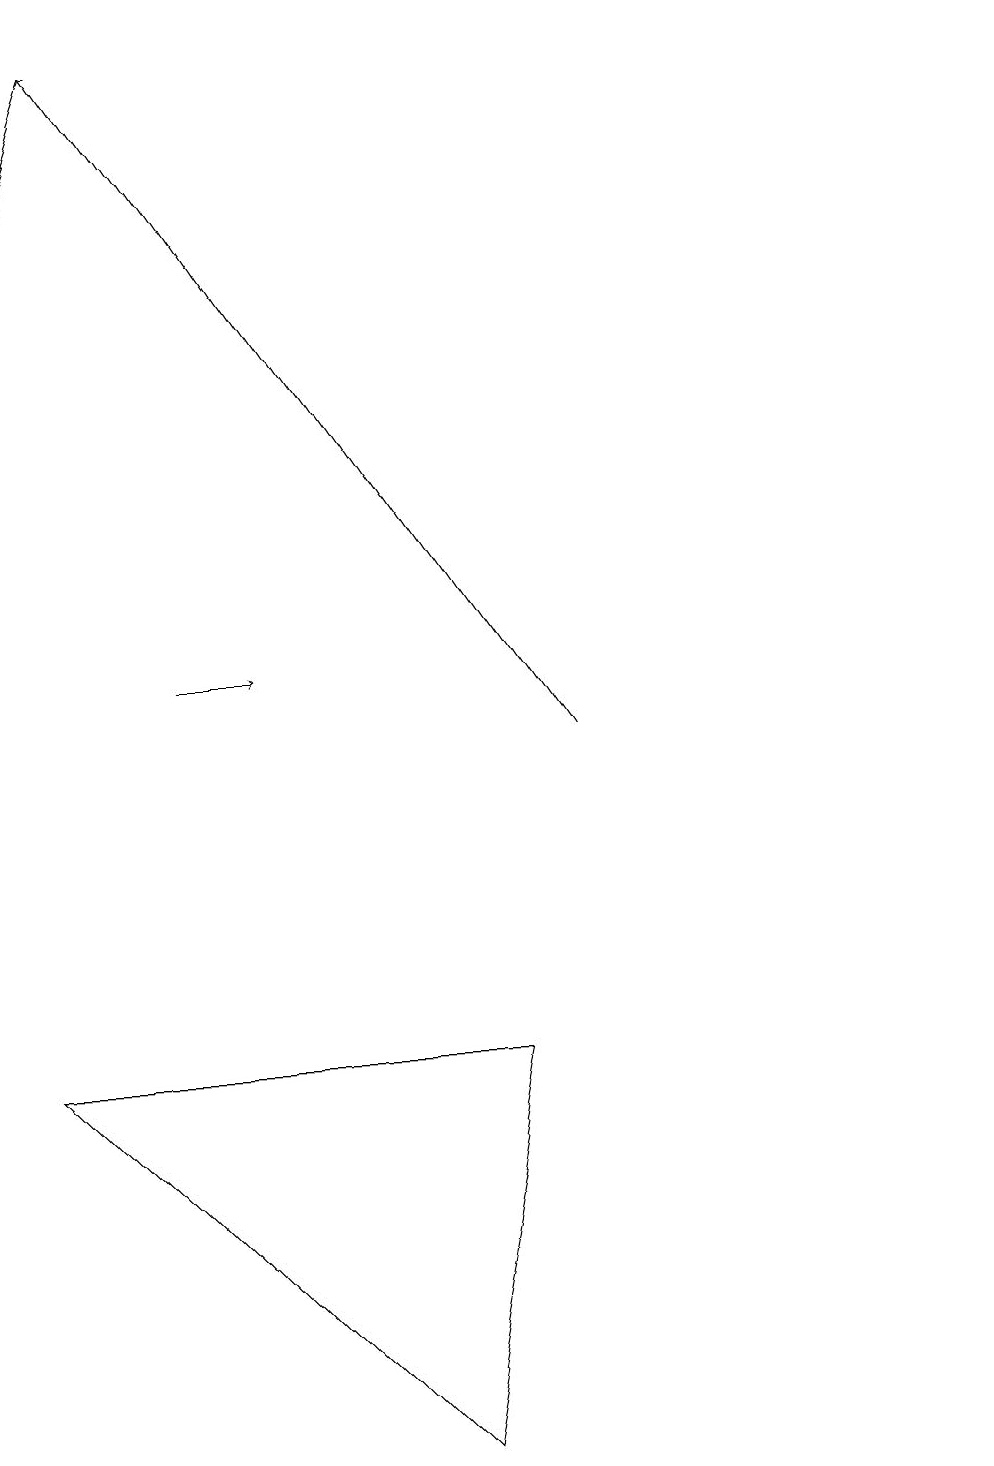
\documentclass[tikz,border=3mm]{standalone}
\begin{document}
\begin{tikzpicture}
\draw[->] (7,10) -- (1,19);
\draw (5,1) -- (6,6) -- (0,6) -- cycle;
\draw[->] (2,11) -- (3,11);
\draw (12,12) circle (0);
\draw[->] (1,19) -- (0,16);
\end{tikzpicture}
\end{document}